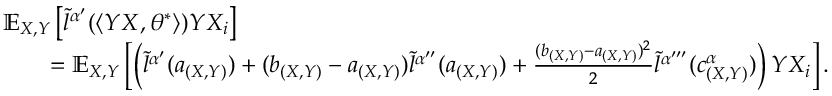
\begin{array} { r l } & { \mathbb { E } _ { X , Y } \left[ \tilde { l } ^ { \alpha ^ { \prime } } ( \langle Y X , \theta ^ { * } \rangle ) Y X _ { i } \right] } \\ & { \quad \quad = \mathbb { E } _ { X , Y } \left[ \left( \tilde { l } ^ { \alpha ^ { \prime } } ( a _ { ( X , Y ) } ) + ( b _ { ( X , Y ) } - a _ { ( X , Y ) } ) \tilde { l } ^ { \alpha ^ { \prime \prime } } ( a _ { ( X , Y ) } ) + \frac { ( b _ { ( X , Y ) } - a _ { ( X , Y ) } ) ^ { 2 } } { 2 } \tilde { l } ^ { \alpha ^ { \prime \prime \prime } } ( c _ { ( X , Y ) } ^ { \alpha } ) \right) Y X _ { i } \right] . } \end{array}